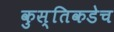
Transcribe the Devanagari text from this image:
कुस्तिकडेच